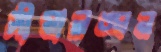
সীমালঙ্ঘন